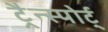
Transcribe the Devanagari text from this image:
ट्रैन्स्पोर्ट्